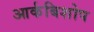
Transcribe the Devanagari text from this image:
आर्कबिशोप